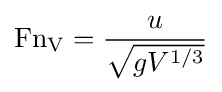
\mathrm {Fn_{V}} ={\frac {u}{\sqrt {gV^{1/3}}}}